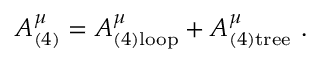
A _ { ( 4 ) } ^ { \mu } = A _ { ( 4 ) \mathrm { l o o p } } ^ { \mu } + A _ { ( 4 ) \mathrm { t r e e } } ^ { \mu } ~ .